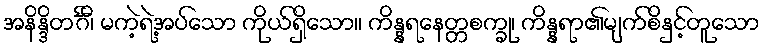
အနိန္ဒိတင်္ဂီ၊ မကဲ့ရဲ့အပ်သော ကိုယ်ရှိသော။ ကိန္နရနေတ္တစက္ခု၊ ကိန္နရာ၏မျက်စိနှင့်တူသော